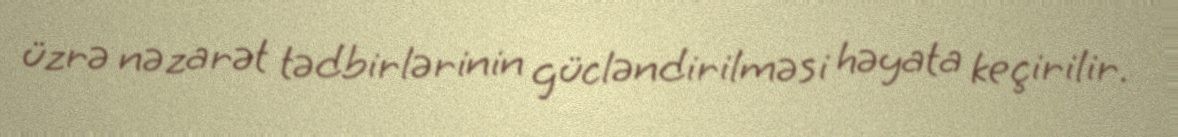
üzrə nəzarət tədbirlərinin gücləndirilməsi həyata keçirilir.